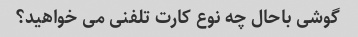
گوشی باحال چه نوع کارت تلفنی می خواهید؟